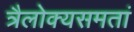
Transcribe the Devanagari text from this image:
त्रैलोक्यसमतां